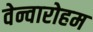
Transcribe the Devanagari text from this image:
वेन्वारोहम